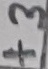
Text: +3